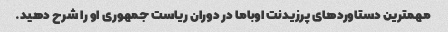
مهمترین دستاوردهای پرزیدنت اوباما در دوران ریاست جمهوری او را شرح دهید.